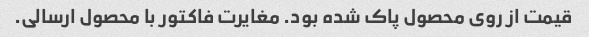
قیمت از روی محصول پاک شده بود. مغایرت فاکتور با محصول ارسالی.